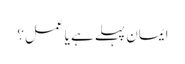
ایمان پہلے ہے یا عمل؟